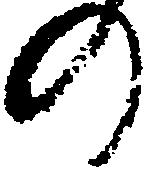
の